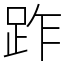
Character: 䟭